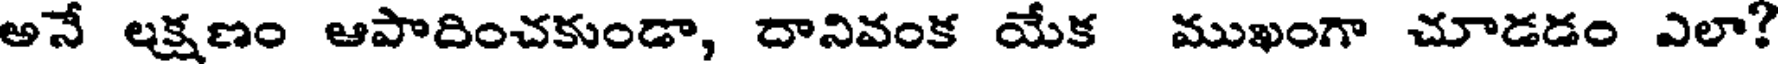
అనే లక్షణం ఆపాదించకుండా, దానివంక యేక ముఖంగా చూడడం ఎలా?